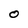
Character: O